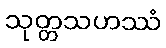
သုတ္တသဟဿံ